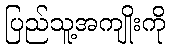
ပြည်သူ့အကျိုးကို